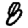
Digit: 8